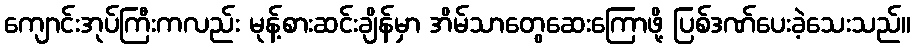
ကျောင်းအုပ်ကြီးကလည်း မုန့်စားဆင်းချိန်မှာ အိမ်သာတွေဆေးကြောဖို့ ပြစ်ဒဏ်ပေးခဲ့သေးသည်။